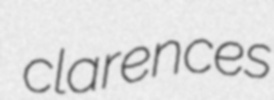
clarences